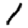
Digit: 1